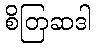
စိတြဆဒါ